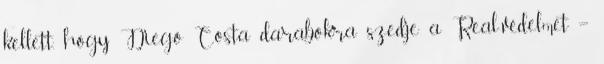
kellett, hogy Diego Costa darabokra szedje a Real-védelmet –